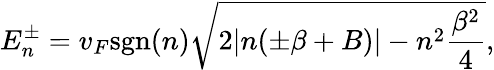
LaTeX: E_{n}^{\pm}=v_{F}\mathrm{sgn}(n)\sqrt{2|n(\pm\beta+B)|-n^{2}\frac{\beta^{2}}{4}},